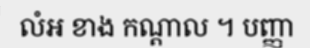
លំអ ខាង កណ្តាល ។ បញ្ញា